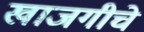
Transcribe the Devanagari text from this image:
खाजगीचे